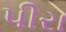
પીરા